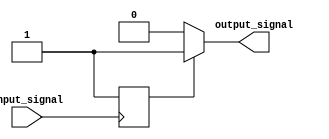
module voltage_level_shifter (
    input wire input_signal,
    output wire output_signal
);

// Define voltage level conversion parameters
parameter INPUT_VOLTAGE_LEVEL = 3.3;
parameter OUTPUT_VOLTAGE_LEVEL = 1.8;

// Define voltage level detection logic
reg input_high;
always @ (posedge input_signal) begin
    if (input_signal == 1'b1)
        input_high <= 1'b1;
    else
        input_high <= 1'b0;
end

// Define voltage level shifting logic
assign output_signal = (input_high) ? 1 : 0;

endmodule